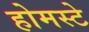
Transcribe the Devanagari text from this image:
होमस्टे